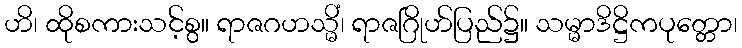
ဟိ၊ ထိုစကားသင့်စွ။ ရာဇဂဟသ္မိံ၊ ရာဇဂြိုဟ်ပြည်၌။ သမ္မာဒိဋ္ဌိကပုတ္တော၊